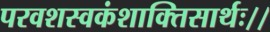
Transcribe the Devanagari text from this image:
परवशस्वकंशाक्तिसार्थः।।